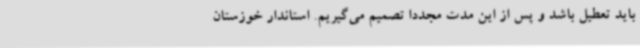
باید تعطیل باشد و پس از این مدت مجددا تصمیم می‌گیریم. استاندار خوزستان